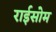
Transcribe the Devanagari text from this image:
राईसोम